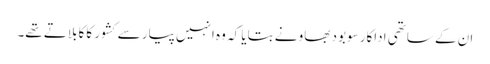
ان کے ساتھی اداکار سوبود بھاو نے بتایا کہ وہ انہیں پیار سے کشور کاکا بلاتے تھے۔